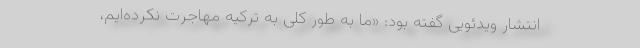
انتشار ویدئویی گفته بود: «ما به طور کلی به ترکیه مهاجرت نکرده‌ایم،